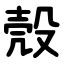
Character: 殼